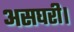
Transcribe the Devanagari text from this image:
असघरी।